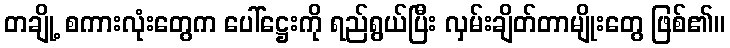
တချို့ စကားလုံးတွေက ပေါ်ဋ္ဌေးကို ရည်ရွယ်ပြီး လှမ်းချိတ်တာမျိုးတွေ ဖြစ်၏။